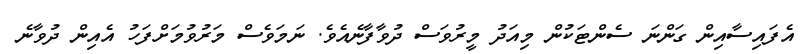
އެފައިސާއިން ގަންނަ ސެންޓަކުން މިއަދު މީރުވަސް ދުވާފާނެއެވެ. ނަމަވެސް މަރުވުމަށްފަހު އެއިން ދުވާނެ